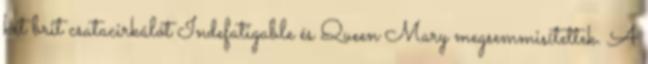
két brit csatacirkálót Indefatigable és Queen Mary megsemmisítettek. A